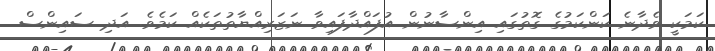
ކަމަކީ ވެދާނެ ކަންކަމުގެ ގޮތުގައި އިންސާނުން އުފައްދާފައިވާ ނަޒަރިއްޔާތުތަކެއް ކަމެވެ. އަދި ސައިންސް